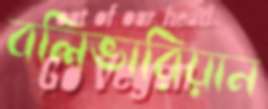
বলিভারিয়ান